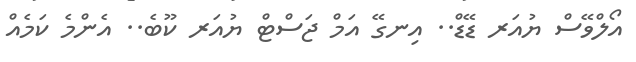
އޯލްވޭސް ޔުއަރ ޑޭޑް.. އިނގޭ އަމް ޖަސްޓް ޔުއަރ ކޫބެ.. އެންމެ ކަމެއް